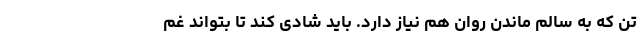
تن که به سالم ماندن روان هم نیاز دارد. باید شادی کند تا بتواند غم